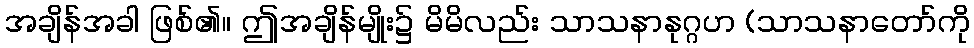
အချိန်အခါ ဖြစ်၏။ ဤအချိန်မျိုး၌ မိမိလည်း သာသနာနုဂ္ဂဟ (သာသနာတော်ကို